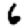
Digit: 6